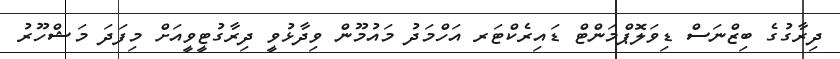
ދިރާގުގެ ބިޒްނަސް ޑިވަލޮޕްމަންޓް ޑައިރެކްޓަރ އަހްމަދު މައުމޫން ވިދާޅުވީ ދިރާގުޓީވީއަށް މިފަދަ މަޝްހޫރު